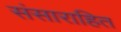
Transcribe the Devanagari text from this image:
संसाराहित